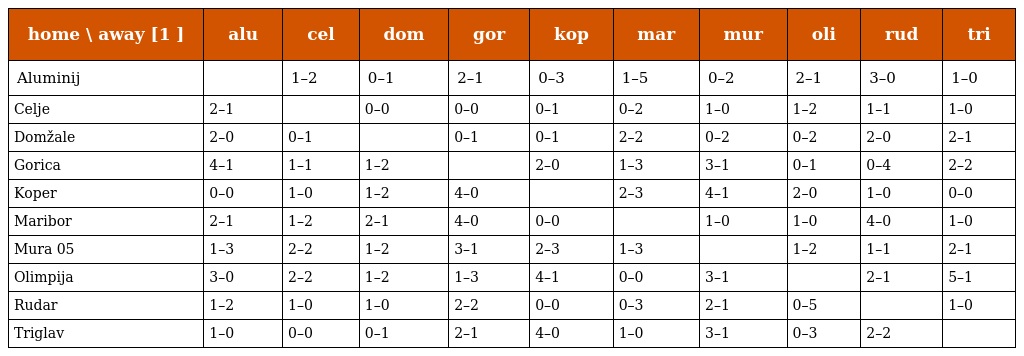
| home \ away [1 ] | alu | cel | dom | gor | kop | mar | mur | oli | rud | tri |
 | --- | --- | --- | --- | --- | --- | --- | --- | --- | --- | --- |
 | Aluminij |  | 1–2 | 0–1 | 2–1 | 0–3 | 1–5 | 0–2 | 2–1 | 3–0 | 1–0 |
 | Celje | 2–1 |  | 0–0 | 0–0 | 0–1 | 0–2 | 1–0 | 1–2 | 1–1 | 1–0 |
 | Domžale | 2–0 | 0–1 |  | 0–1 | 0–1 | 2–2 | 0–2 | 0–2 | 2–0 | 2–1 |
 | Gorica | 4–1 | 1–1 | 1–2 |  | 2–0 | 1–3 | 3–1 | 0–1 | 0–4 | 2–2 |
 | Koper | 0–0 | 1–0 | 1–2 | 4–0 |  | 2–3 | 4–1 | 2–0 | 1–0 | 0–0 |
 | Maribor | 2–1 | 1–2 | 2–1 | 4–0 | 0–0 |  | 1–0 | 1–0 | 4–0 | 1–0 |
 | Mura 05 | 1–3 | 2–2 | 1–2 | 3–1 | 2–3 | 1–3 |  | 1–2 | 1–1 | 2–1 |
 | Olimpija | 3–0 | 2–2 | 1–2 | 1–3 | 4–1 | 0–0 | 3–1 |  | 2–1 | 5–1 |
 | Rudar | 1–2 | 1–0 | 1–0 | 2–2 | 0–0 | 0–3 | 2–1 | 0–5 |  | 1–0 |
 | Triglav | 1–0 | 0–0 | 0–1 | 2–1 | 4–0 | 1–0 | 3–1 | 0–3 | 2–2 |  |